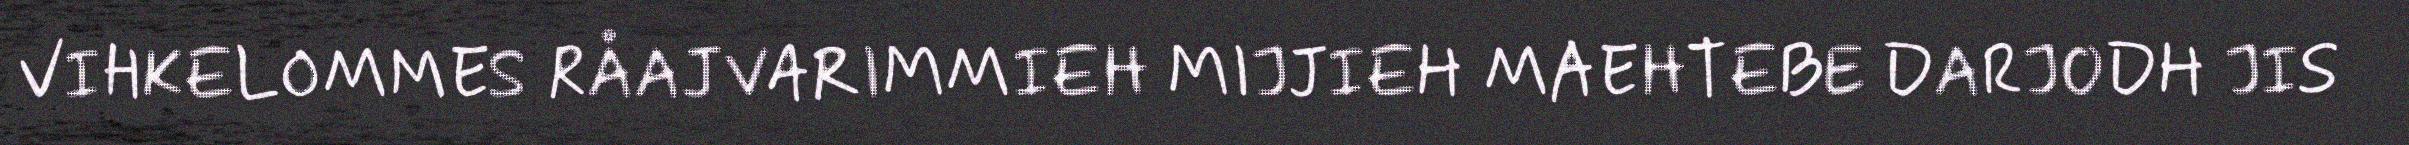
VIHKELOMMES RÅAJVARIMMIEH MIJJIEH MAEHTEBE DARJODH JIS